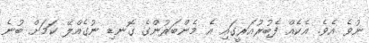
ނުވެ އެވެ. އެކެއް ފެބުރުއަރީގައި އެ މެންބަރުންގެ ގޮނޑި ނުގެއްލޭ ކަމަށް ބުނެ